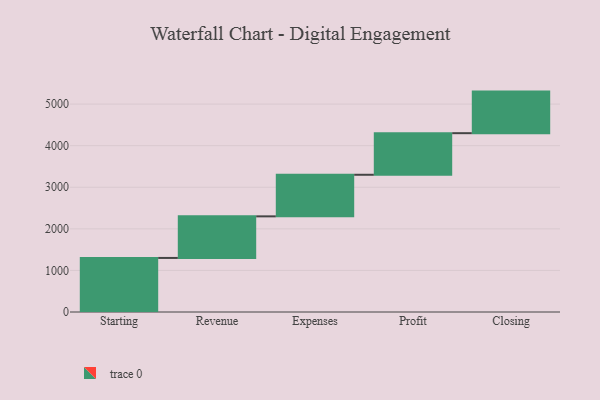
{"axis": {"x": "Step", "y": "Value"}, "legend": [""], "data": [{"x": "Starting", "y": 1300.0, "type": ""}, {"x": "Revenue", "y": 1000, "type": ""}, {"x": "Expenses", "y": 1000, "type": ""}, {"x": "Profit", "y": 1000, "type": ""}, {"x": "Closing", "y": 1000, "type": ""}]}